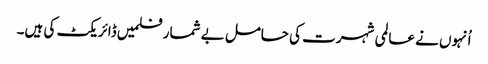
اُنہوں نے عالمی شہرت کی حامل بے شمار فلمیں ڈائریکٹ کی ہیں۔